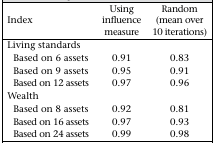
| Index | Using influence measure | Random (mean over 10 iterations) |
 | --- | --- | --- |
 | Living standards |  |  |
 | Based on 6 assets | 0.91 | 0.83 |
 | Based on 9 assets | 0.95 | 0.91 |
 | Based on 12 assets | 0.97 | 0.96 |
 | Wealth |  |  |
 | Based on 8 assets | 0.92 | 0.81 |
 | Based on 16 assets | 0.97 | 0.93 |
 | Based on 24 assets | 0.99 | 0.98 |